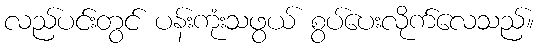
လည်ပင်းတွင် ပန်းကုံးသဖွယ် စွပ်ပေးလိုက်လေသည်။